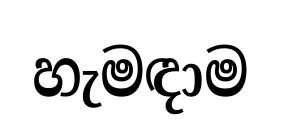
හැමඳාම